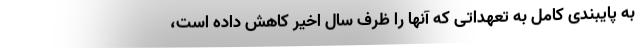
به پایبندی کامل به تعهداتی که آنها را ظرف سال اخیر کاهش داده است،